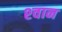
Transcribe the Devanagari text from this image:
श्‍वान